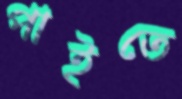
পাইতে